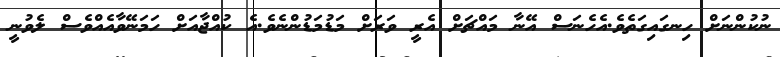
ނުކުންނަށް ހިނގައިގަތެވެ.އެހެނަސް އޭނާ މައްޗަށް އެރީ ވަރަށް މަޑުމަޑުންނެވެ.އެ ކުއްޖާއަށް ހަމަނޭވާއެއްވެސް ލެވުނީ